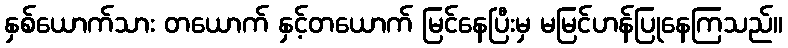
နှစ်ယောက်သား တယောက် နှင့်တယောက် မြင်နေပြီးမှ မမြင်ဟန်ပြုနေကြသည်။